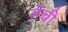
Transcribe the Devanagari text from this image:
तेंची